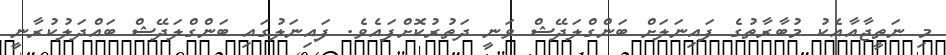
މި ނަތީޖާއާއެކު މުބާރާތުގެ ފައިނަލަށް ބަންގްލަދޭޝް ވަނީ ދަތުރުކޮށްފައެވެ. ފައިނަލުގައި ބަންގްލަދޭޝް ބައްދަލުކުރާނީ